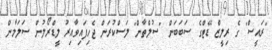
"ރައީސް" ގެ ރިލީޒް ޑޭޓްގެ ސަބަބަން "ސުލްތާން" ލަސްކުރަން ޖެހިފައިވާއިރު ލީޑްރޯލުން ސަލަމާން